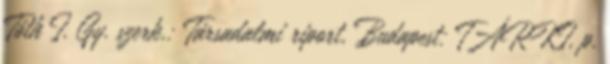
Tóth I. Gy. szerk.: Társadalmi riport, Budapest: TÁRKI, p.